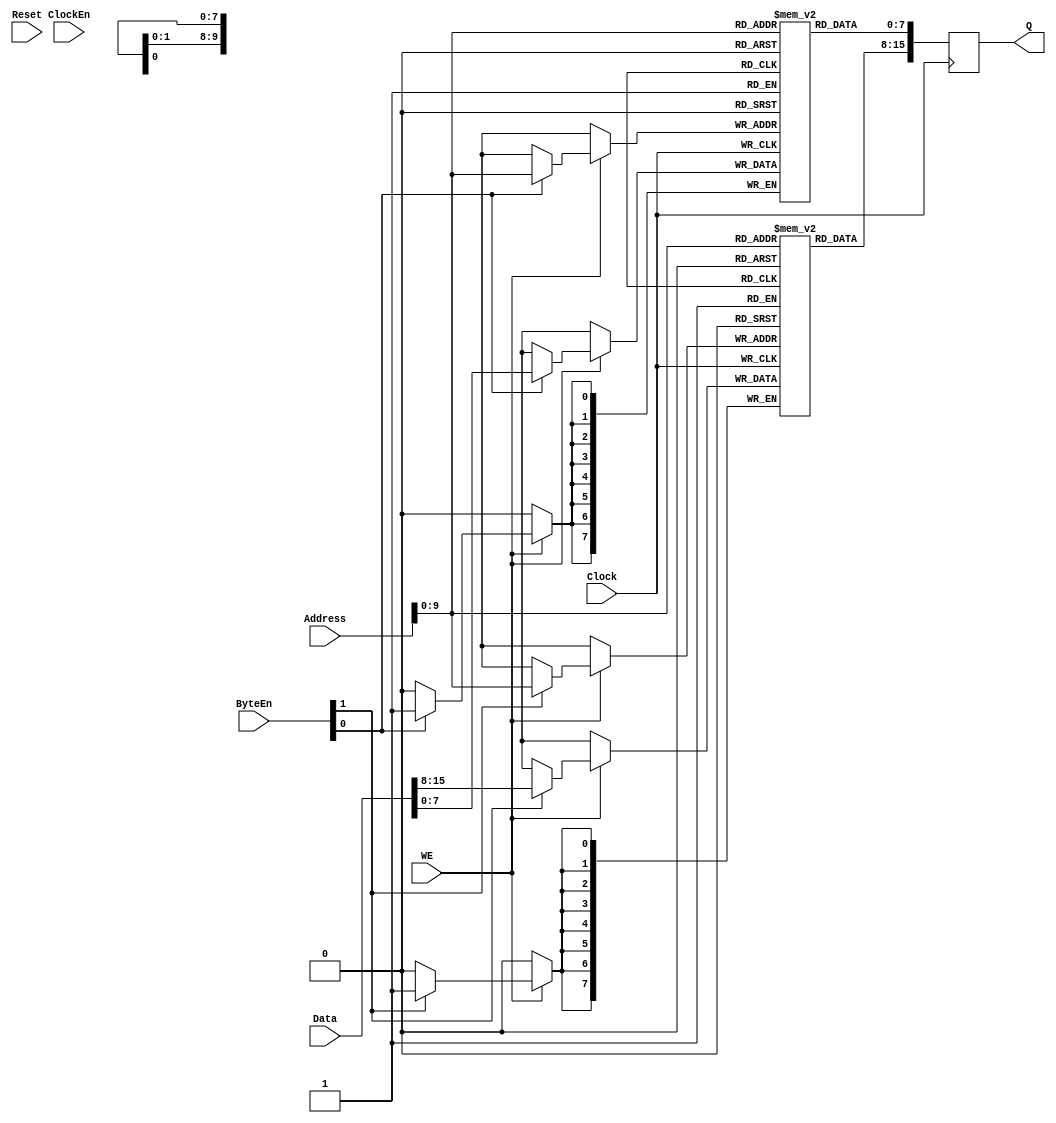
`default_nettype none
module ram_dq (
	input Clock,
	input ClockEn,
        input Reset,
        input [1:0] ByteEn,
	input WE,
	input [13:0] Address,
	input [15:0] Data,
	output reg [15:0] Q
);

reg [7:0] ram0 [0:1023];
reg [7:0] ram1 [0:1023];
reg [15:0] dout;

always @(posedge Clock) begin
	if (WE) begin
		if (ByteEn[0])
			ram0[ Address ] <= Data[7:0];
		if (ByteEn[1])
			ram1[ Address ] <= Data[15:8];
	end
	Q <= { ram1[ Address ], ram0[ Address ] };
end

endmodule
`default_nettype wire